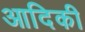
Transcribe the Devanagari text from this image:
आदिकी